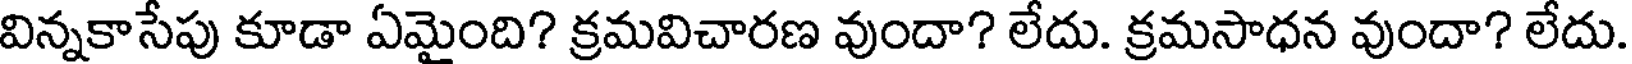
విన్నకాసేపు కూడా ఏమైంది? క్రమవిచారణ వుందా? లేదు. క్రమసాధన వుందా? లేదు